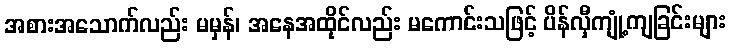
အစားအသောက်လည်း မမှန်၊ အနေအထိုင်လည်း မကောင်းသဖြင့် ပိန်လှီကျုံ့ကျခြင်းများ